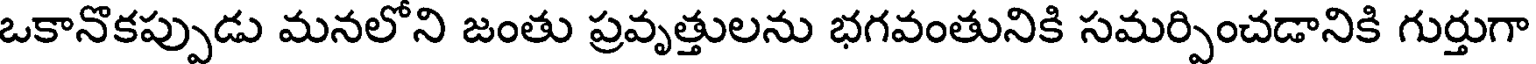
ఒకానొకప్పుడు మనలోని జంతు ప్రవృత్తులను భగవంతునికి సమర్పించడానికి గుర్తుగా